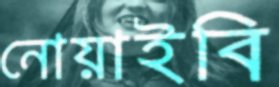
নোয়াইবি